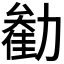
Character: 𫦺